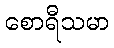
စောရီသမာ